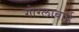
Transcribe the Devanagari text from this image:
गोग्लाबाई